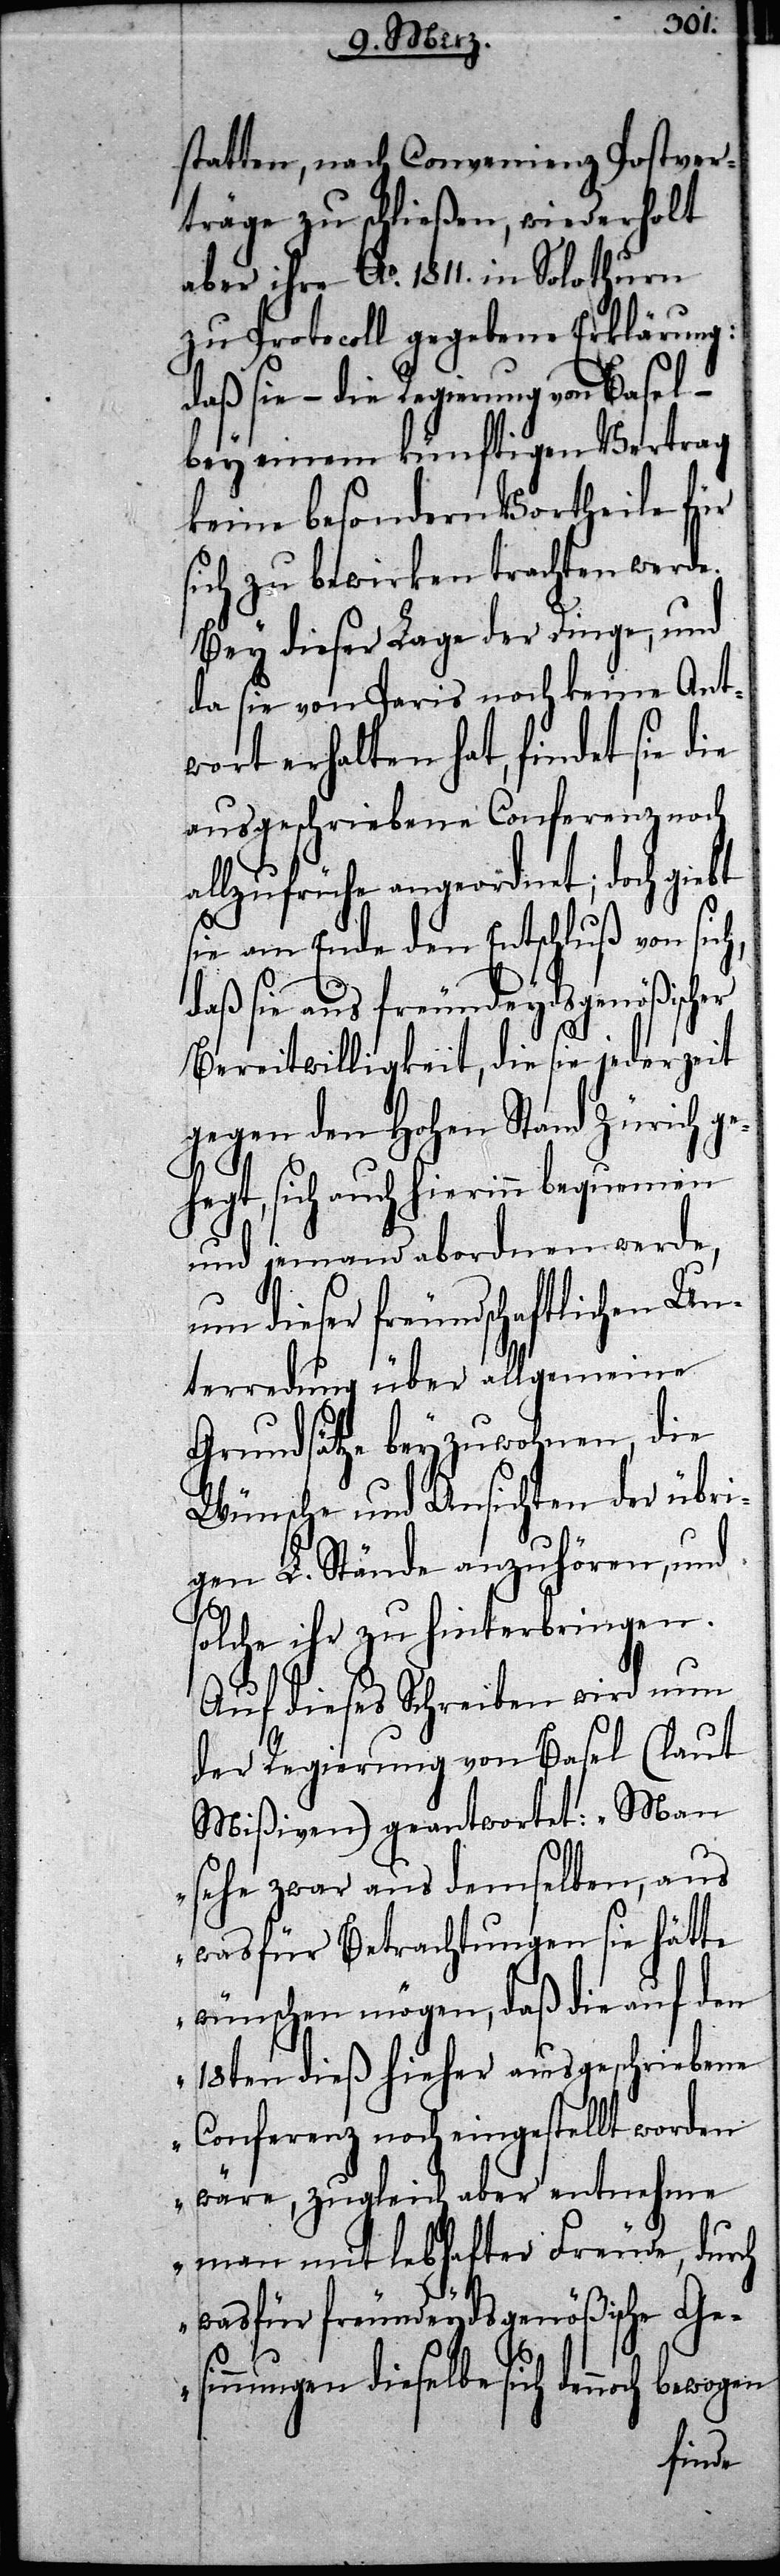
h,
statten, nach Convenienz Postver¬
träge zu schließen, wiederholt
aber ihre Ao. 1811. in Solothurn
zu Protocoll gegebene Erklärung:
daß sie – die Regierung von Basel –
bey einem künftigen Vertrag
keine besondern Vortheile für
sich zu bewirken trachten werde.
Bey dieser Lage der Dinge, und
da sie von Paris noch keine Ant¬
wort erhalten hat, findet sie die
ausgeschriebene Conferenz noch
allzufrühe angeordnet; doch giebt
sie am Ende den Entschluß von sic¬
daß sie aus freundeydsgenößischer
Bereitwilligkeit, die sie jederzeit
gegen den Hohen Stand Zürich ge¬
hegt, sich auch hierinn bequemen
und jemand abordnen werde,
um dieser freundschaftlichen Un¬
terredung über allgemeine
Grundsätze beyzuwohnen, die
Wünsche und Ansichten der übri¬
gen L. Stände anzuhören, und
solche ihr zu hinterbringen.
Auf dieses Schreiben wird nun
der Regierung von Basel (laut
Mißiven) geantwortet: „Man
sehe zwar aus demselben, aus
was für Betrachtungen sie hätte
wünschen mögen, daß die auf den
18ten dieß hieher ausgeschriebene
Conferenz noch eingestellt worden
wäre, zugleich aber entnehme
man mit lebhafter Freude, durch
wasfür freundeydsgenößische Ge¬
sinnungen dieselbe sich dennoch